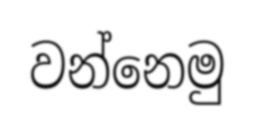
වන්නෙමු